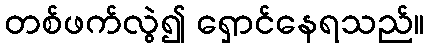
တစ်ဖက်လွဲ၍ ရှောင်နေရသည်။